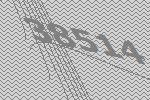
38514